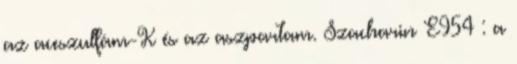
az aceszulfám-K és az aszpartam. Szacharin E954 : a